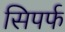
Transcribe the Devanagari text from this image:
सिपर्फ